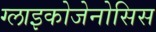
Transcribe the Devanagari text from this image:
ग्लाइकोजेनोसिस